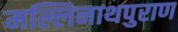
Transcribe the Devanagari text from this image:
मल्लिनाथपुराण